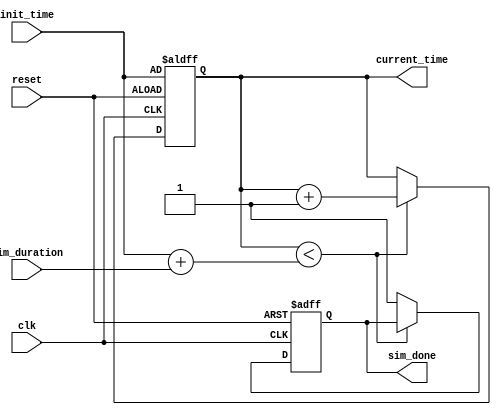
module simulation_time_initialization (
    input wire clk,                  // Clock signal
    input wire reset,                // Reset signal
    input wire [31:0] init_time,     // User-defined initial time
    input wire [31:0] sim_duration,   // User-defined simulation duration
    output reg [31:0] current_time,   // Current simulation time
    output reg sim_done              // Simulation done flag
);

    // Parameters for time resolution (can be adjusted)
    parameter TIME_RESOLUTION = 1;   // Time increment for each clock cycle

    // State variables
    reg [31:0] scheduled_events;       // Placeholder for scheduled events count

    // Initial conditions
    initial begin
        current_time = 32'd0;          // Initialize current time to 0
        sim_done = 1'b0;               // Simulation not done
        scheduled_events = 32'd0;      // No events scheduled
    end

    // Reset mechanism
    always @(posedge clk or posedge reset) begin
        if (reset) begin
            current_time <= init_time; // Reset current time to predefined initial time
            sim_done <= 1'b0;          // Reset done flag
            scheduled_events <= 32'd0;  // Reset scheduled events
        end else if (current_time < init_time + sim_duration) begin
            // Increment simulation time
            current_time <= current_time + TIME_RESOLUTION;
            // Schedule events based on current time (simplified example)
            if (current_time % 10 == 0) begin
                scheduled_events <= scheduled_events + 1; // Example event scheduling
            end
        end else begin
            sim_done <= 1'b1;            // Set done flag when simulation duration is reached
        end
    end

    // Logging and monitoring (can be expanded)
    always @(posedge clk) begin
        // Example logging (this could be replaced with file writing or other logging mechanisms)
        if (current_time % 100 == 0) begin
            $display("Current Simulation Time: %d", current_time);
        end
    end

endmodule